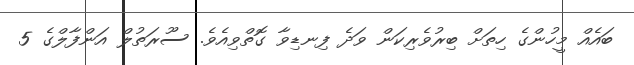
ބައެއް މީހުންގެ ހިތަށް ބިރުވެރިކަން ވަދެ ފިނޑިވާ ގޮތްވިއެވެ. ސޫރަތުލް އަންފާލްގެ 5